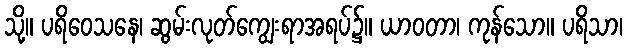
သို့။ ပရိဝေသနေ၊ ဆွမ်းလုတ်ကျွေးရာအရပ်၌။ ယာဝတာ၊ ကုန်သော။ ပရိသာ၊